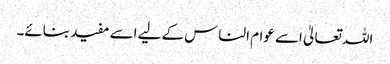
اللہ تعالیٰ اسے عوام الناس کے لیے اسے مفید بنائے۔